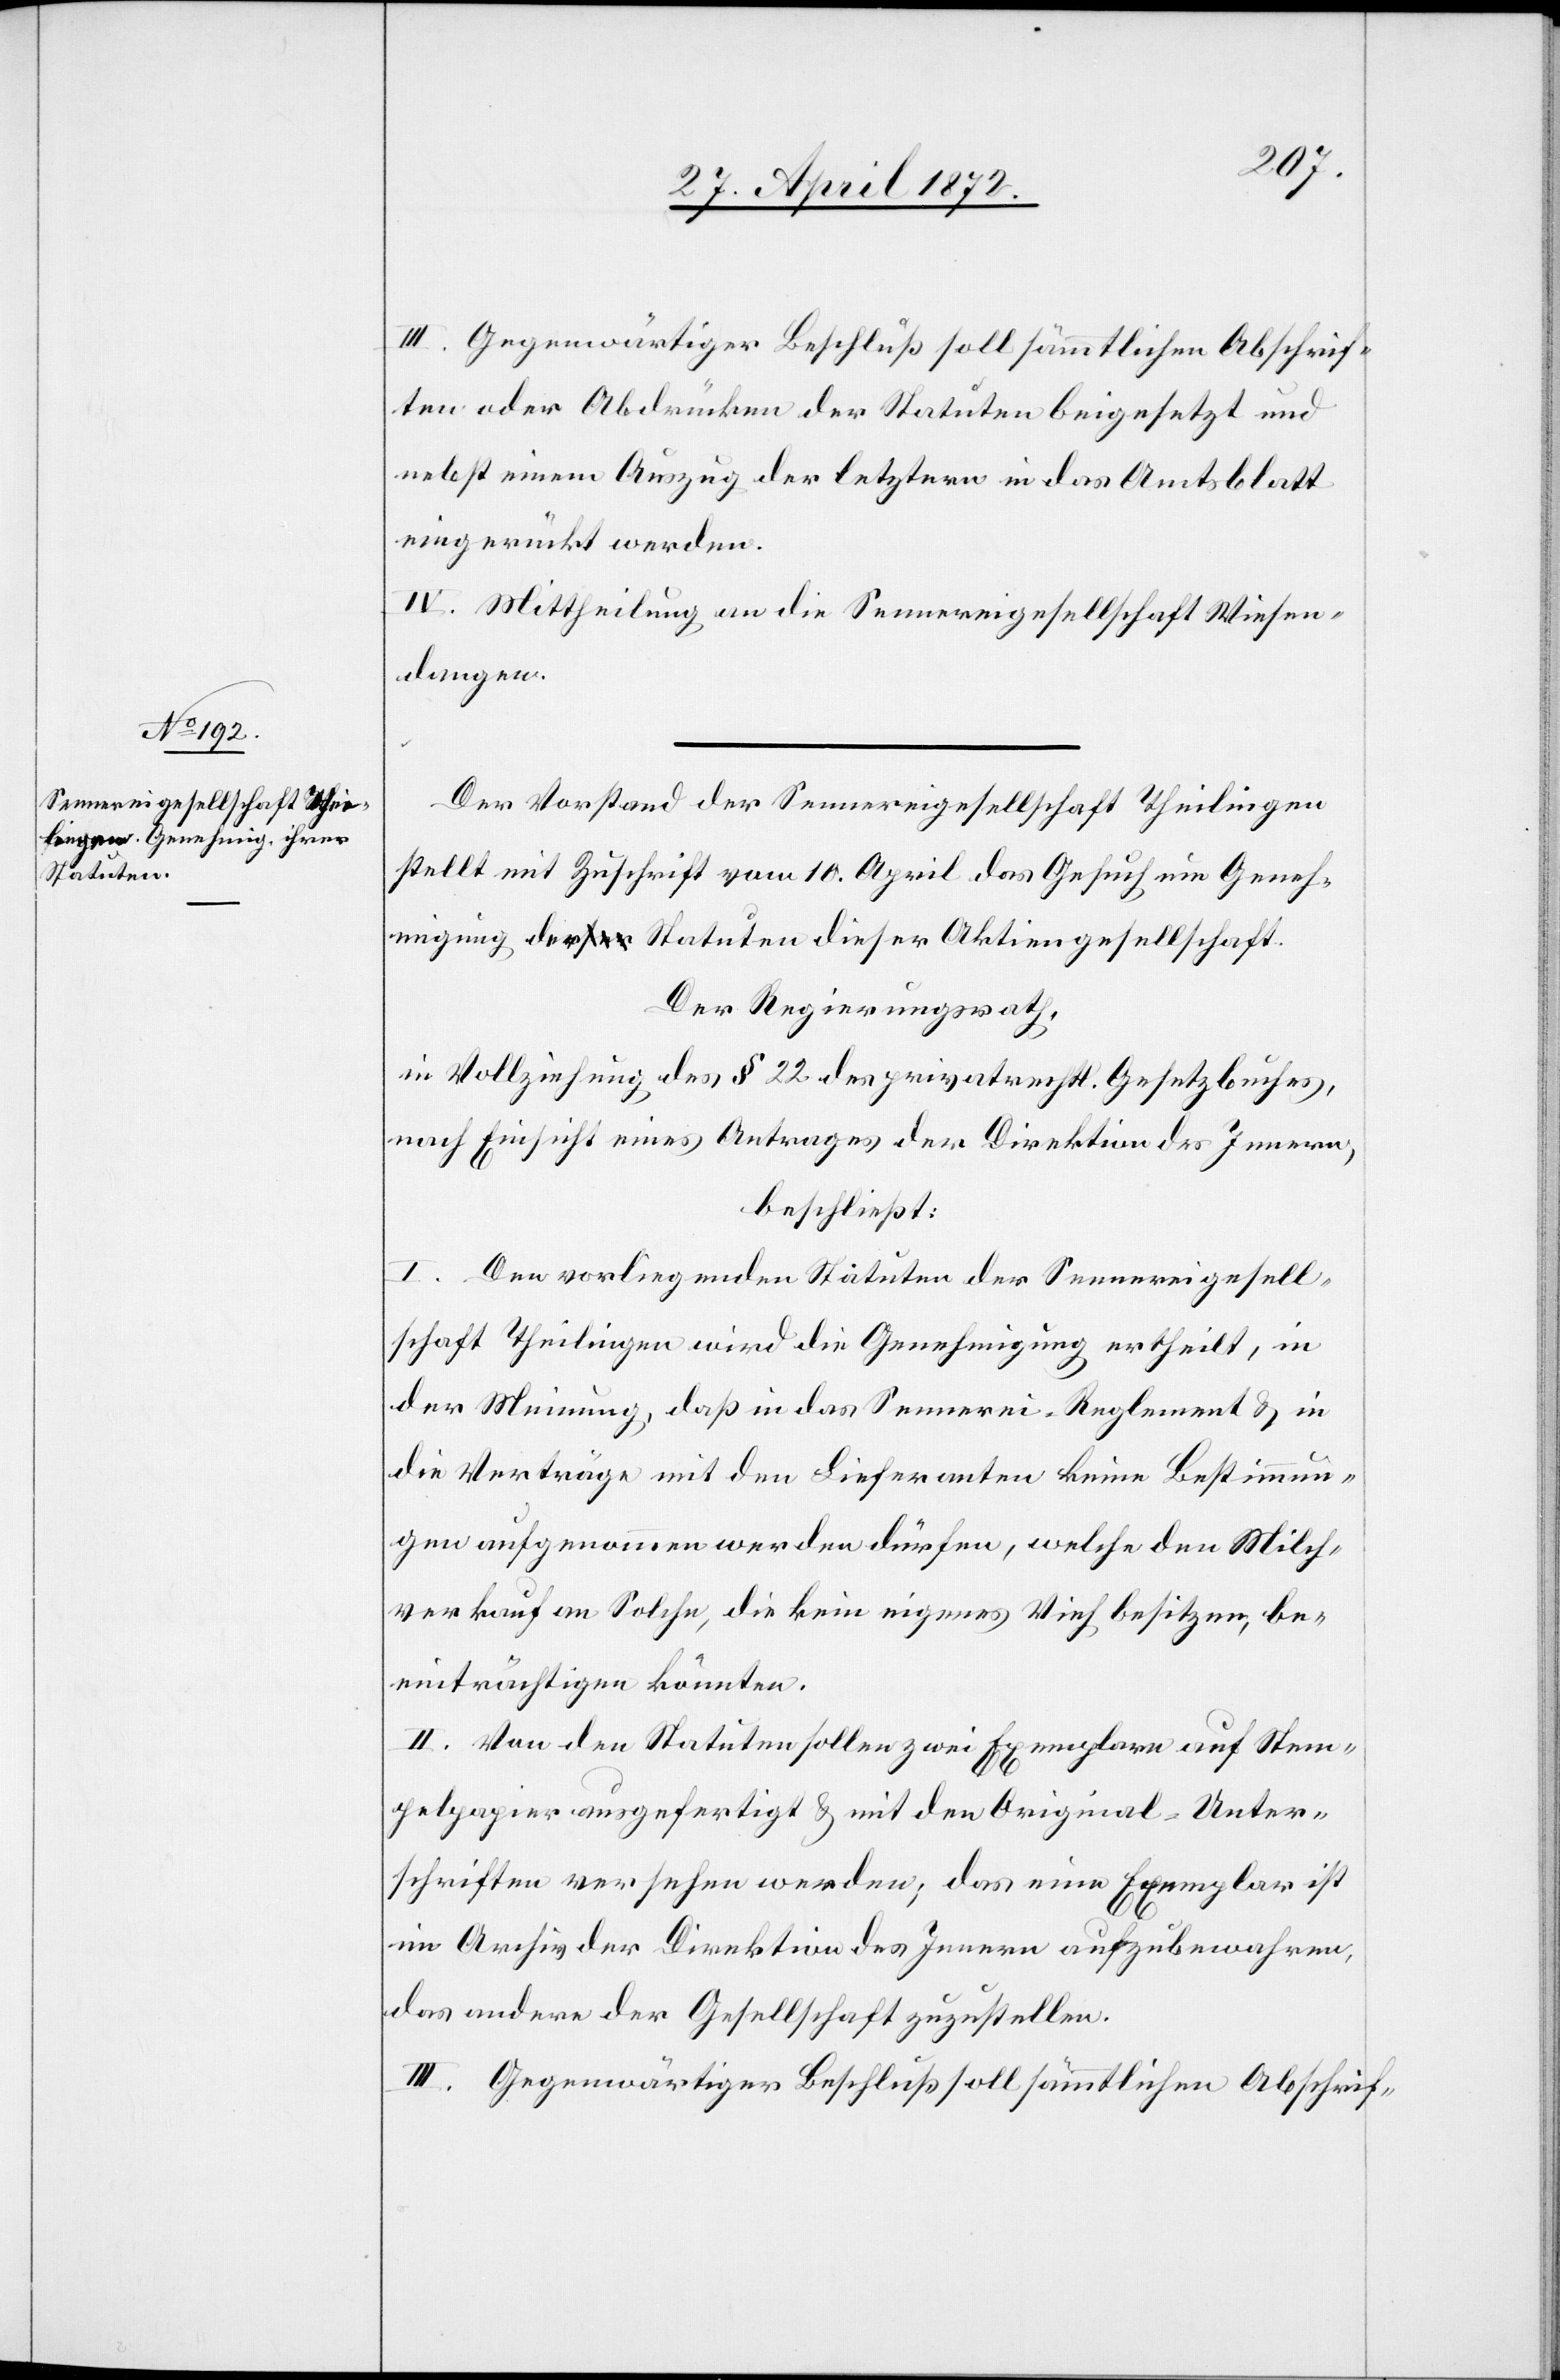
III. Gegenwärtiger Beschluß soll sämmtlichen Abschrif¬
ten oder Abdrücken der Statuten beigesetzt und
nebst einem Auszug der letztern in das Amtsblatt
eingerückt werden.
IV. Mittheilung an die Sennereigesellschaft Wiesen¬
dangen.
Der Vorstand der Sennereigesellschaft Theilingen
stellt mit Zuschrift vom 10. April das Gesuch um Geneh¬
migung der Statuten dieser Aktiengesellschaft.
Der Regierungsrath,
in Vollziehung des § 22 des privatrechtl. Gesetzbuches,
nach Einsicht eines Antrages der Direktion des Innern,
beschließt:
I. Den vorliegenden Statuten der Sennereigesell¬
schaft Theilingen wird die Genehmigung ertheilt, in
der Meinung, daß in das Sennerei-Reglement u. in
die Verträge mit den Lieferanten keine Bestimmun¬
gen aufgenommen werden dürfen, welche den Milch¬
verkauf an Solche, die kein eigenes Vieh besitzen, be¬
einträchtigen könnten.
II. Von den Statuten sollen zwei Exemplare auf Stem¬
pelpapier ausgefertigt u mit den Original-Unter¬
schriften versehen werden; das eine Exemplar ist
im Archiv der Direktion des Innern aufzubewahren,
das andere der Gesellschaft zuzustellen.
III. Gegenwärtiger Beschluß soll sämmtlichen Abschrif-